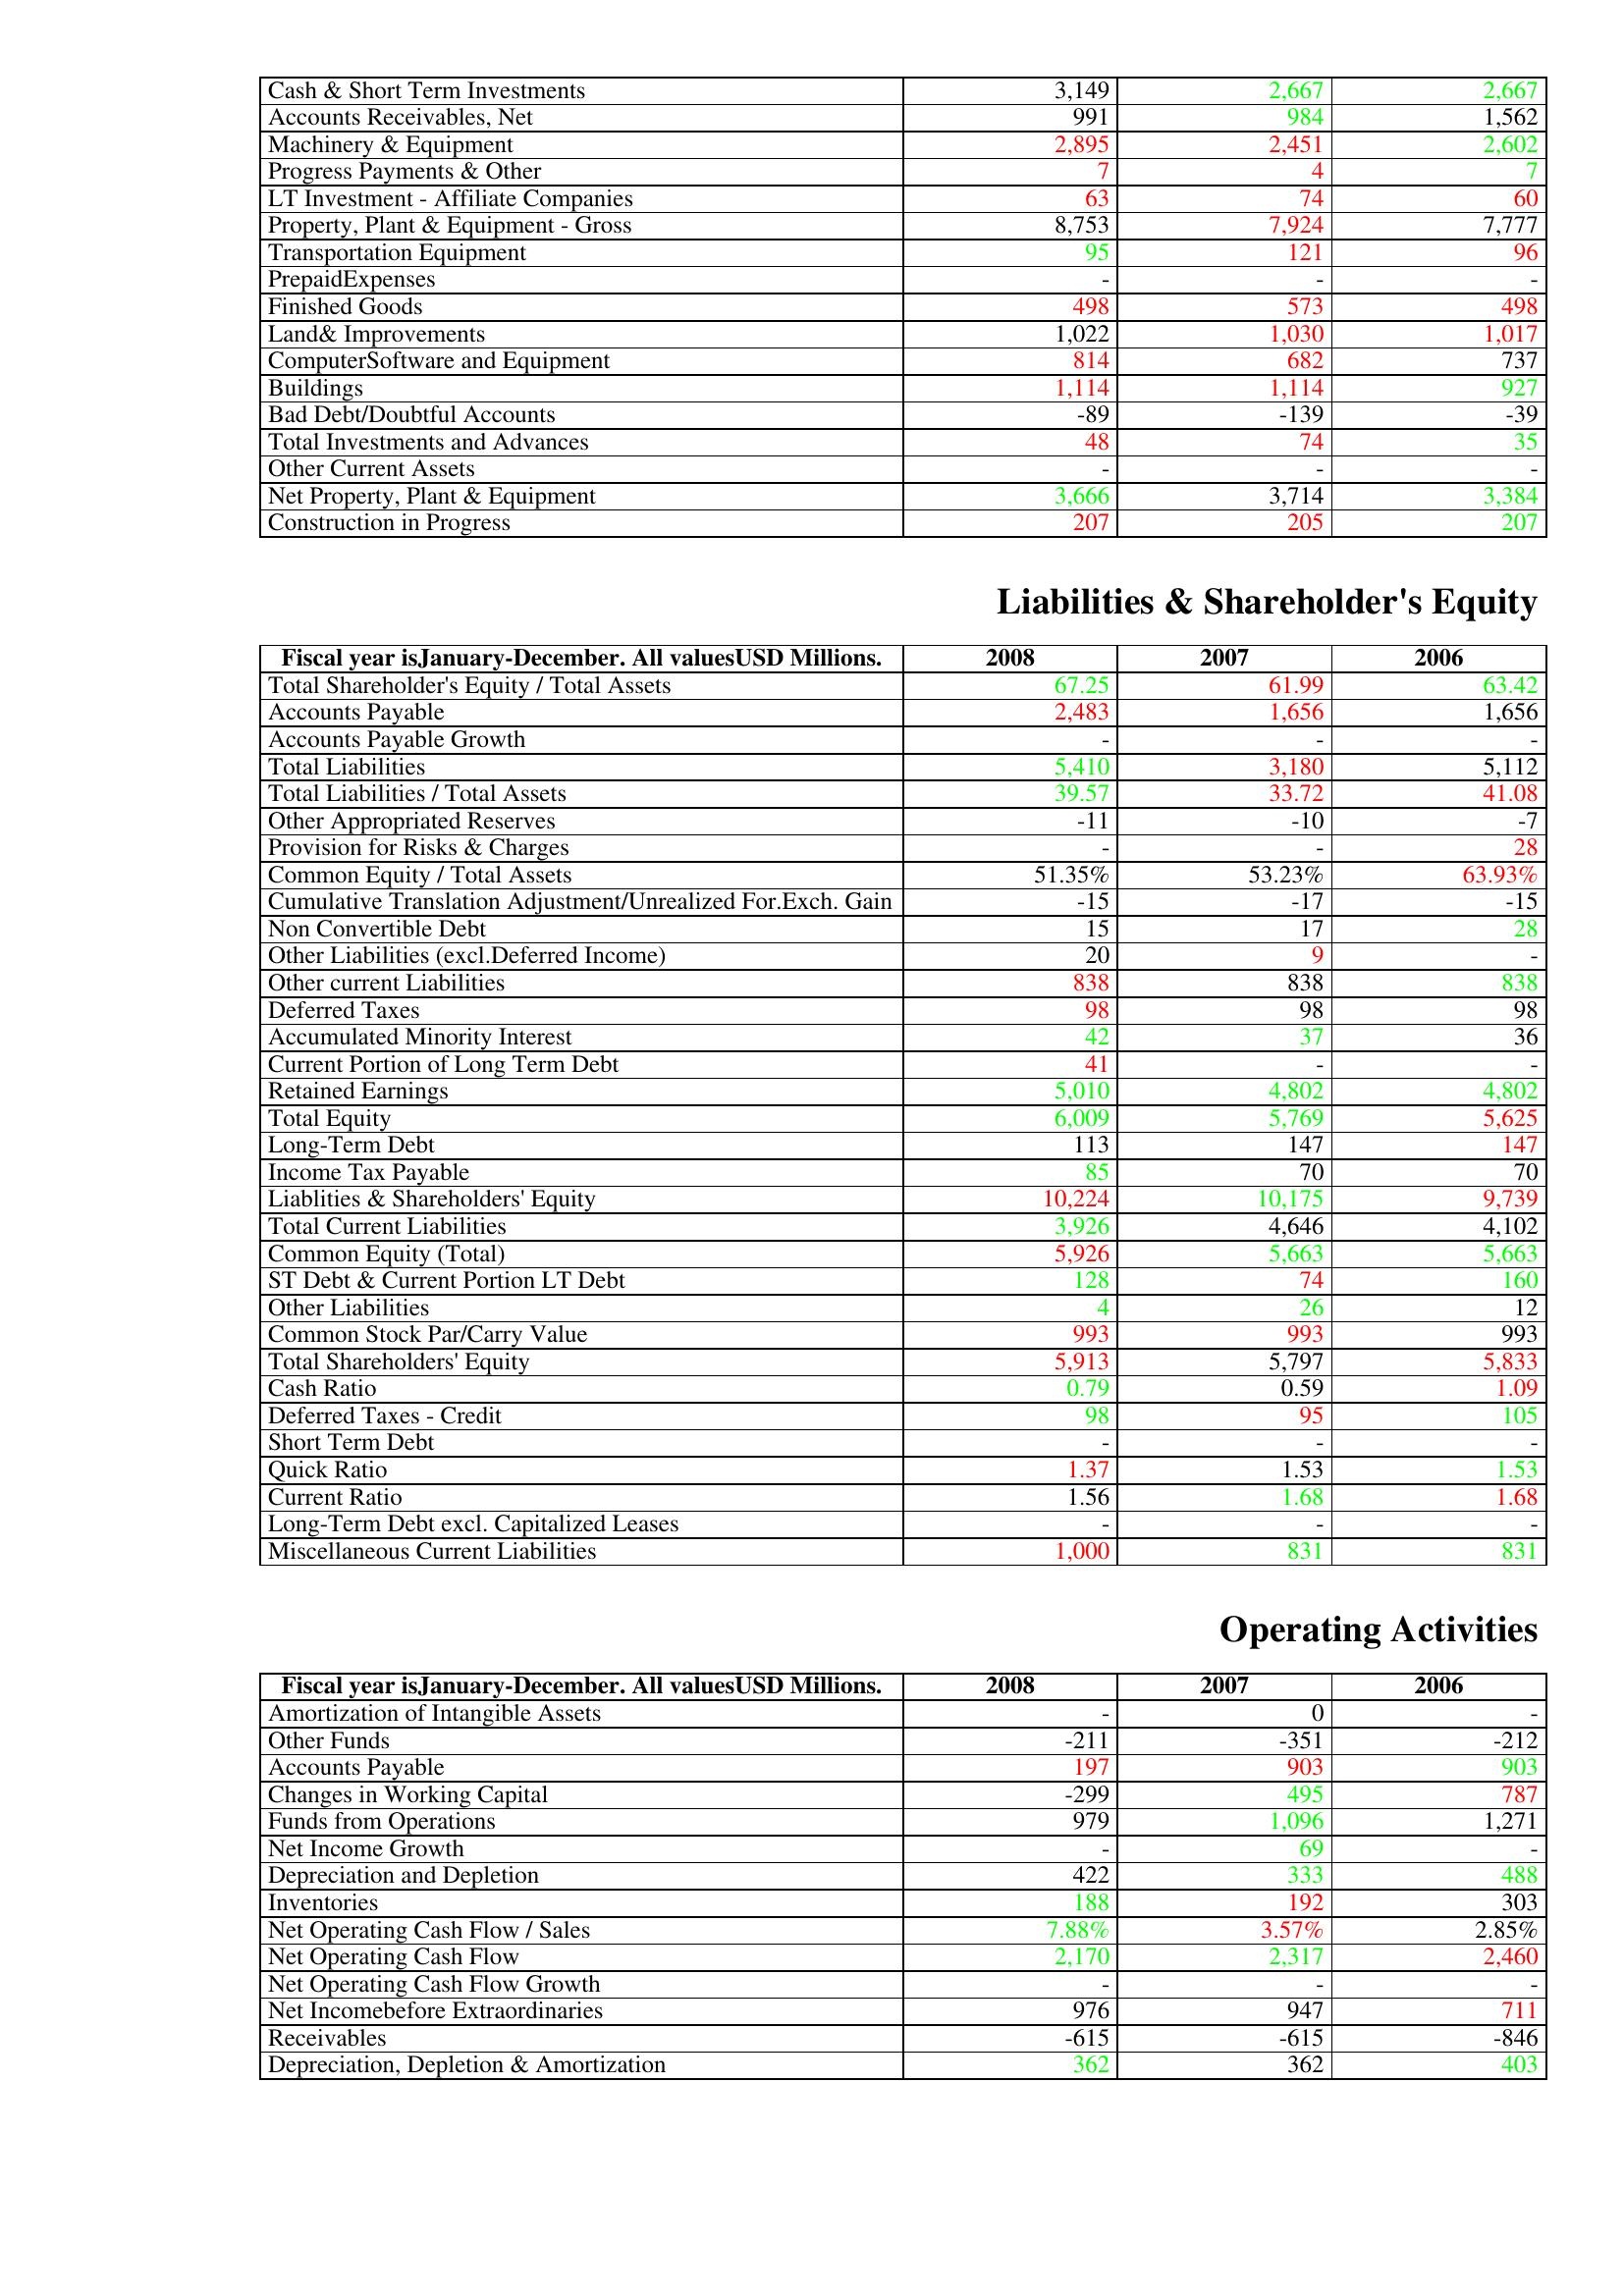
gt_parse: 2008: Assets: Cash & Short Term Investments: 3,149
Accounts Receivables, Net: 991
Machinery & Equipment: 2,895
Progress Payments & Other: 7
LT Investment - Affiliate Companies: 63
Property, Plant & Equipment - Gross : 8,753
Transportation Equipment: 95
PrepaidExpenses: -
Finished Goods: 498
Land& Improvements: 1,022
ComputerSoftware and Equipment: 814
Buildings: 1,114
Bad Debt/Doubtful Accounts: -89
Total Investments and Advances: 48
Other Current Assets: -
Net Property, Plant & Equipment: 3,666
Construction in Progress: 207
Liabilities & Shareholder's Equity: Total Shareholder's Equity / Total Assets: 67.25
Accounts Payable: 2,483
Accounts Payable Growth: -
Total Liabilities: 5,410
Total Liabilities / Total Assets: 39.57
Other Appropriated Reserves: -11
Provision for Risks & Charges: -
Common Equity / Total Assets: 51.35%
Cumulative Translation Adjustment/Unrealized For.Exch. Gain: -15
Non Convertible Debt: 15
Other Liabilities (excl.Deferred Income): 20
Other current Liabilities: 838
Deferred Taxes: 98
Accumulated Minority Interest: 42
Current Portion of Long Term Debt: 41
Retained Earnings: 5,010
Total Equity: 6,009
Long-Term Debt: 113
Income Tax Payable: 85
Liablities & Shareholders' Equity: 10,224
Total Current Liabilities: 3,926
Common Equity (Total): 5,926
ST Debt & Current Portion LT Debt: 128
Other Liabilities: 4
Common Stock Par/Carry Value: 993
Total Shareholders' Equity: 5,913
Cash Ratio: 0.79
Deferred Taxes - Credit: 98
Short Term Debt: -
Quick Ratio: 1.37
Current Ratio: 1.56
Long-Term Debt excl. Capitalized Leases: -
Miscellaneous Current Liabilities: 1,000
Operating Activities: Amortization of Intangible Assets: -
Other Funds: -211
Accounts Payable: 197
Changes in Working Capital: -299
Funds from Operations: 979
Net Income Growth: -
Depreciation and Depletion: 422
Inventories: 188
Net Operating Cash Flow / Sales: 7.88%
Net Operating Cash Flow: 2,170
Net Operating Cash Flow Growth: -
Net Incomebefore Extraordinaries: 976
Receivables: -615
Depreciation, Depletion & Amortization: 362
2007: Assets: Cash & Short Term Investments: 2,667
Accounts Receivables, Net: 984
Machinery & Equipment: 2,451
Progress Payments & Other: 4
LT Investment - Affiliate Companies: 74
Property, Plant & Equipment - Gross : 7,924
Transportation Equipment: 121
PrepaidExpenses: -
Finished Goods: 573
Land& Improvements: 1,030
ComputerSoftware and Equipment: 682
Buildings: 1,114
Bad Debt/Doubtful Accounts: -139
Total Investments and Advances: 74
Other Current Assets: -
Net Property, Plant & Equipment: 3,714
Construction in Progress: 205
Liabilities & Shareholder's Equity: Total Shareholder's Equity / Total Assets: 61.99
Accounts Payable: 1,656
Accounts Payable Growth: -
Total Liabilities: 3,180
Total Liabilities / Total Assets: 33.72
Other Appropriated Reserves: -10
Provision for Risks & Charges: -
Common Equity / Total Assets: 53.23%
Cumulative Translation Adjustment/Unrealized For.Exch. Gain: -17
Non Convertible Debt: 17
Other Liabilities (excl.Deferred Income): 9
Other current Liabilities: 838
Deferred Taxes: 98
Accumulated Minority Interest: 37
Current Portion of Long Term Debt: -
Retained Earnings: 4,802
Total Equity: 5,769
Long-Term Debt: 147
Income Tax Payable: 70
Liablities & Shareholders' Equity: 10,175
Total Current Liabilities: 4,646
Common Equity (Total): 5,663
ST Debt & Current Portion LT Debt: 74
Other Liabilities: 26
Common Stock Par/Carry Value: 993
Total Shareholders' Equity: 5,797
Cash Ratio: 0.59
Deferred Taxes - Credit: 95
Short Term Debt: -
Quick Ratio: 1.53
Current Ratio: 1.68
Long-Term Debt excl. Capitalized Leases: -
Miscellaneous Current Liabilities: 831
Operating Activities: Amortization of Intangible Assets: 0
Other Funds: -351
Accounts Payable: 903
Changes in Working Capital: 495
Funds from Operations: 1,096
Net Income Growth: 69
Depreciation and Depletion: 333
Inventories: 192
Net Operating Cash Flow / Sales: 3.57%
Net Operating Cash Flow: 2,317
Net Operating Cash Flow Growth: -
Net Incomebefore Extraordinaries: 947
Receivables: -615
Depreciation, Depletion & Amortization: 362
2006: Assets: Cash & Short Term Investments: 2,667
Accounts Receivables, Net: 1,562
Machinery & Equipment: 2,602
Progress Payments & Other: 7
LT Investment - Affiliate Companies: 60
Property, Plant & Equipment - Gross : 7,777
Transportation Equipment: 96
PrepaidExpenses: -
Finished Goods: 498
Land& Improvements: 1,017
ComputerSoftware and Equipment: 737
Buildings: 927
Bad Debt/Doubtful Accounts: -39
Total Investments and Advances: 35
Other Current Assets: -
Net Property, Plant & Equipment: 3,384
Construction in Progress: 207
Liabilities & Shareholder's Equity: Total Shareholder's Equity / Total Assets: 63.42
Accounts Payable: 1,656
Accounts Payable Growth: -
Total Liabilities: 5,112
Total Liabilities / Total Assets: 41.08
Other Appropriated Reserves: -7
Provision for Risks & Charges: 28
Common Equity / Total Assets: 63.93%
Cumulative Translation Adjustment/Unrealized For.Exch. Gain: -15
Non Convertible Debt: 28
Other Liabilities (excl.Deferred Income): -
Other current Liabilities: 838
Deferred Taxes: 98
Accumulated Minority Interest: 36
Current Portion of Long Term Debt: -
Retained Earnings: 4,802
Total Equity: 5,625
Long-Term Debt: 147
Income Tax Payable: 70
Liablities & Shareholders' Equity: 9,739
Total Current Liabilities: 4,102
Common Equity (Total): 5,663
ST Debt & Current Portion LT Debt: 160
Other Liabilities: 12
Common Stock Par/Carry Value: 993
Total Shareholders' Equity: 5,833
Cash Ratio: 1.09
Deferred Taxes - Credit: 105
Short Term Debt: -
Quick Ratio: 1.53
Current Ratio: 1.68
Long-Term Debt excl. Capitalized Leases: -
Miscellaneous Current Liabilities: 831
Operating Activities: Amortization of Intangible Assets: -
Other Funds: -212
Accounts Payable: 903
Changes in Working Capital: 787
Funds from Operations: 1,271
Net Income Growth: -
Depreciation and Depletion: 488
Inventories: 303
Net Operating Cash Flow / Sales: 2.85%
Net Operating Cash Flow: 2,460
Net Operating Cash Flow Growth: -
Net Incomebefore Extraordinaries: 711
Receivables: -846
Depreciation, Depletion & Amortization: 403